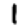
Digit: 1